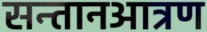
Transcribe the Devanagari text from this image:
सन्तानआत्रण